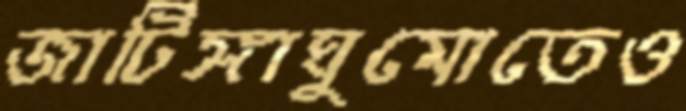
জাটিঙ্গাঘুমোতেও